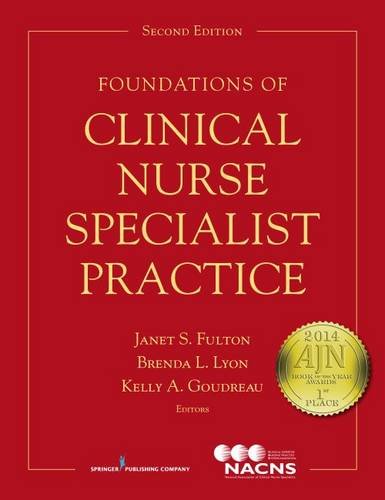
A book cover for Foundations of Clinical Nurse Specialist Practice, Second Edition; Medical Books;